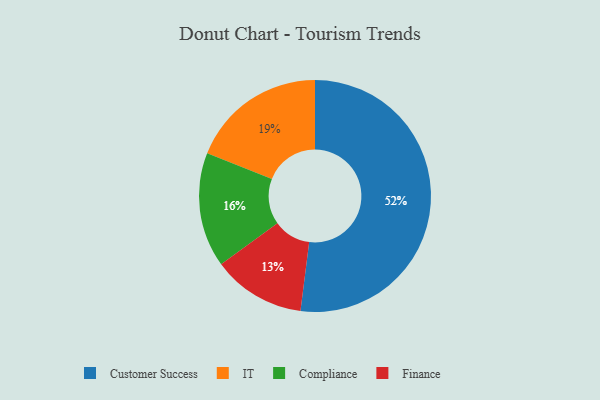
{"axis": {"x": "Category", "y": "Percentage"}, "legend": ["Compliance", "Customer Success", "Finance", "IT"], "data": [{"x": "IT", "y": 19, "type": "IT"}, {"x": "Finance", "y": 13, "type": "Finance"}, {"x": "Customer Success", "y": 52, "type": "Customer Success"}, {"x": "Compliance", "y": 16, "type": "Compliance"}]}